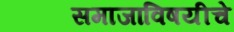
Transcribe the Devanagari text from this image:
समाजाविषयीचे